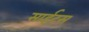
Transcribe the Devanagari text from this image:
साईटस